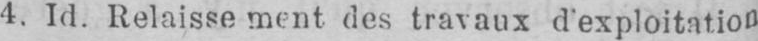
4. Id. Relaissement des travaux d’exploitation